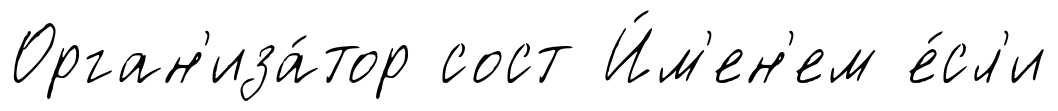
Орган'иза́тор сост И́м'ен'ем е́сл'и